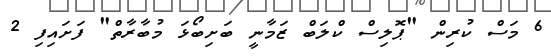
6 މަސް ކުރިން "ޕޮލިސް ކްލަބް ޒަމާނީ ބަށިބޯޅަ މުބާރާތް" ފަށައިފި 2